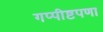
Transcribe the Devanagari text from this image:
गप्पीष्टपणा